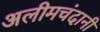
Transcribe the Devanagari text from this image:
अलीमचंदानी